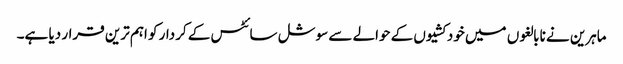
ماہرین نے نابالغوں میں خودکشیوں کے حوالے سے سوشل سائٹس کے کردار کو اہم ترین قرار دیا ہے۔